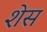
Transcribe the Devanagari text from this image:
शेस